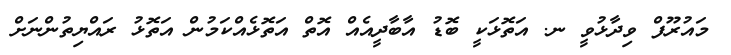
މައުރޫފް ވިދާޅުވީ ނ. އަތޮޅަކީ ބޮޑު އާބާދީއެއް އޮތް އަތޮޅެއްކަމުން އަތޮޅު ރައްޔިތުންނަށް